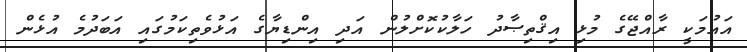
އައުމަކީ ރާއްޖޭގެ މުޅި އިޤްތިޞާދު ހަލާކުކޮށްލުން އަދި އިންޑިޔާގެ އަޅުވެތިކަމުގައި އަބަދުމެ އުޅެން